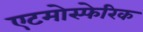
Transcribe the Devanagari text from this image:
एटमोस्फेरिक